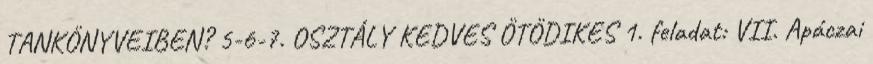
TANKÖNYVEIBEN? 5-6-7. OSZTÁLY KEDVES ÖTÖDIKES 1. feladat: VII. Apáczai